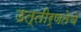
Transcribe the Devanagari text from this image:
उत्तीर्णतेचे